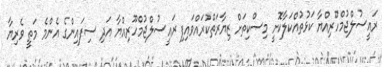
ރައީސުލްޖުމްހޫރިއްޔާ ކަޅުތުއްކަލާކޮށީ މިސްކިތަށް ޒިޔާރަތްކުރައްވައިފި ރައީސުލްޖުމްހޫރިއްޔާ އަދި ސިފައިންގެ އެންމެ މަތީ ވެރިޔާ